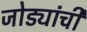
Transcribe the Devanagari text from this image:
जोड्यांची